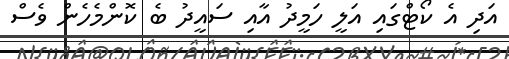
އަދި އެ ކޯޓްގައި އަލީ ހަމީދު އާއި ސައީދު ބެ ކޮންމެހެން ވެސް